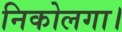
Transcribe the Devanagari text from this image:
निकोलगा।